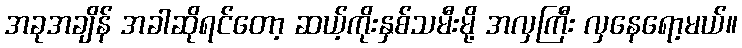
အခုအချိန် အခါဆိုရင်တော့ ဆယ့်ကိုးနှစ်သမီးမို့ အလှကြီး လှနေရော့မယ်။